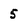
Character: 5